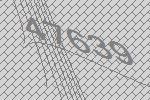
47639